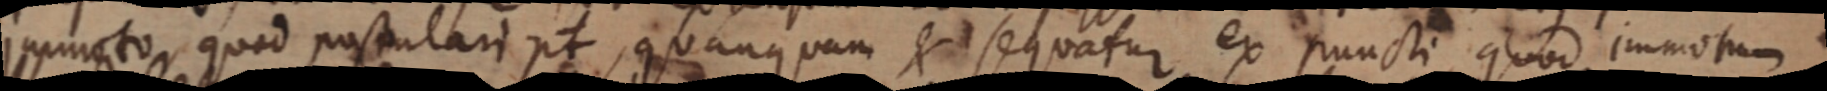
immoto, quod postulari pt, quanquam & sequatur ex puncti, quod immotum